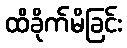
ထိခိုက်မိခြင်း